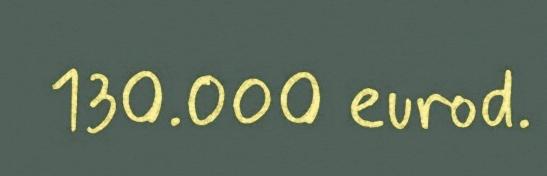
130.000 eurod.